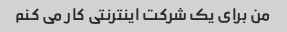
من برای یک شرکت اینترنتی کار می کنم